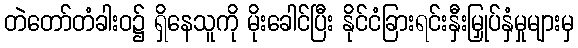
တဲတော်တံခါးဝ၌ ရှိနေသူကို မိုးခေါင်ပြီး နိုင်ငံခြားရင်းနှီးမြှုပ်နှံမှုများမှ